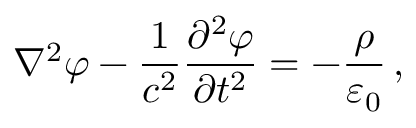
\nabla ^ { 2 } \varphi - { \frac { 1 } { c ^ { 2 } } } { \frac { \partial ^ { 2 } \varphi } { \partial t ^ { 2 } } } = - { \frac { \rho } { \varepsilon _ { 0 } } } \, ,